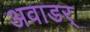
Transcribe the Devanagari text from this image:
अवाडर्